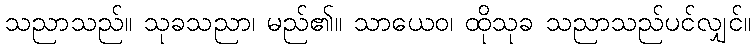
သညာသည်။ သုခသညာ၊ မည်၏။ သာယေဝ၊ ထိုသုခ သညာသည်ပင်လျှင်။